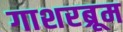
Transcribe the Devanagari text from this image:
गाशरब्रूम